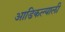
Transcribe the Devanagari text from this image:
आडिकल्याली